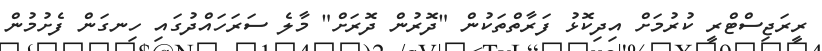
ރީރަޖިސްޓްރީ ކުރުމަށް އިދިކޮޅު ފަރާތްތަކުން "ދޮރުން ދޮރަށް" މާލެ ސަރަހައްދުގައި ހިނގަން ފެށުމުން